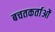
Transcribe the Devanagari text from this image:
बचतकर्ताओं